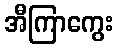
အီကြာကွေး